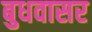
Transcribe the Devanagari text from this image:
बुधवासर